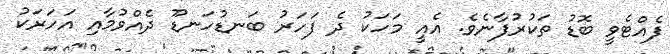
ފެއްޓެވީ ބޮޑު ތަކުރުފާނެވެ. އެއީ މަހަކު ދެ ފަހަރު ބަނޑުހަނޑޫ ދެއްވުމާއި އަހަރަކު